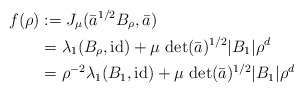
\begin{align*} f(\rho) &:= J_\mu(\bar{a}^{1/2}B_{\rho},\bar{a}) \\ &= \lambda_1(B_\rho,\textup{id}) + \mu \ \textup{det}(\bar{a})^{1/2}|B_1| \rho^d \\ &= \rho^{-2} \lambda_1(B_1,\textup{id})+ \mu \ \textup{det}(\bar{a})^{1/2}|B_1| \rho^d \end{align*}